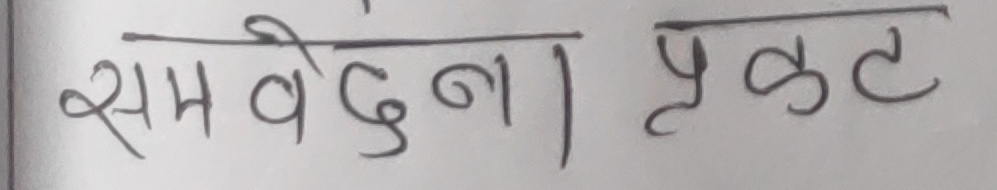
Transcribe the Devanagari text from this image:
समवेदना प्रकट